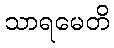
သာရမေတိ